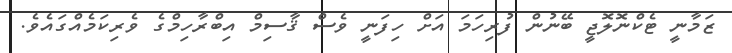
ޒަމާނީ ޓެކްނޮލޮޖީ ބޭނުން ފުރިހަމަ އަށް ހިފަނީ ވެސް ޤާސިމް އިބްރާހިމްގެ ވެރިކަމެއްގައެވެ.